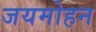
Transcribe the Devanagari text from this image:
जयमोहन